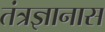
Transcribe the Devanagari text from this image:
तंत्रज्ञानास